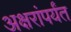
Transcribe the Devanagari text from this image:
अक्षरांपर्यंत